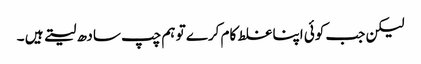
لیکن جب کوئی اپنا غلط کام کرے تو ہم چپ سادھ لیتے ہیں ۔